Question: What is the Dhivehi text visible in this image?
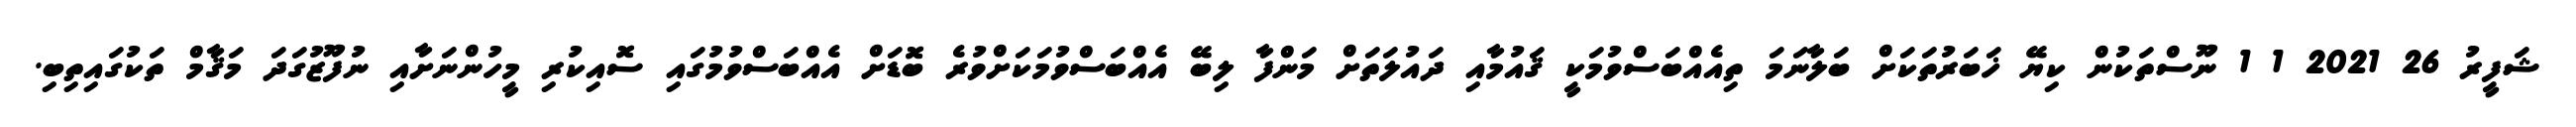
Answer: ޝަފީރު 26 2021 1 1 ނޫސްތަކުން ކިޔޭ ޚަބަރުތަކަށް ބަލާނަމަ ތިއެއްބަސްވުމަކީ ޤައުމާއި ދައުލަތަށް މަންފާ ލިބޭ އެއްބަސްވުމަކަށްވުރެ ބޮޑަށް އެއްބަސްވުމުގައި ސޮއިކުރި މީހުންނަށާއި ނުފޫޒުގަދަ މަޤާމް ތަކުގައިތިބި.